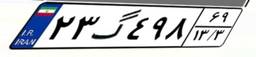
۲۳گ۴۹۸۶۹